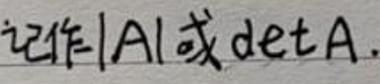
记作$|A|$或$\det A.$